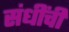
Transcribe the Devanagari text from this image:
संधींची